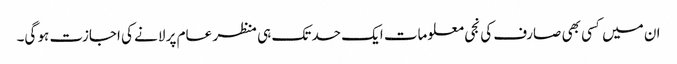
ان میں کسی بھی صارف کی نجی معلومات ایک حد تک ہی منظر عام پر لانے کی اجازت ہو گی۔